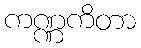
ကဏ္ဏကိတာ